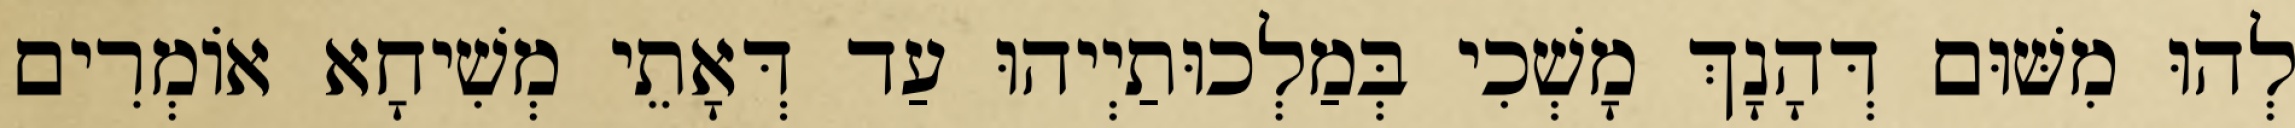
לְהוּ מִשּׁוּם דְּהָנָךְ מָשְׁכִי בְּמַלְכוּתַיְיהוּ עַד דְּאָתֵי מְשִׁיחָא אוֹמְרִים